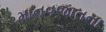
માનવજાતના